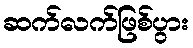
ဆက်လက်ဖြစ်ပွား